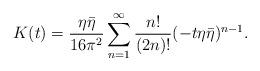
LaTeX: \begin{align*}K(t) = \frac{\eta \bar{\eta}}{16 \pi^2} \sum_{n=1}^{\infty}\frac{n!}{(2n)!} (-t\eta \bar{\eta})^{n-1}.\end{align*}